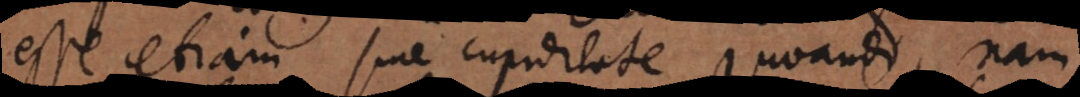
esse etiam sine cupiditate juvandi, nam